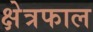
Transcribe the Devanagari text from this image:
क्षेत्रफाल